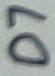
Text: D7